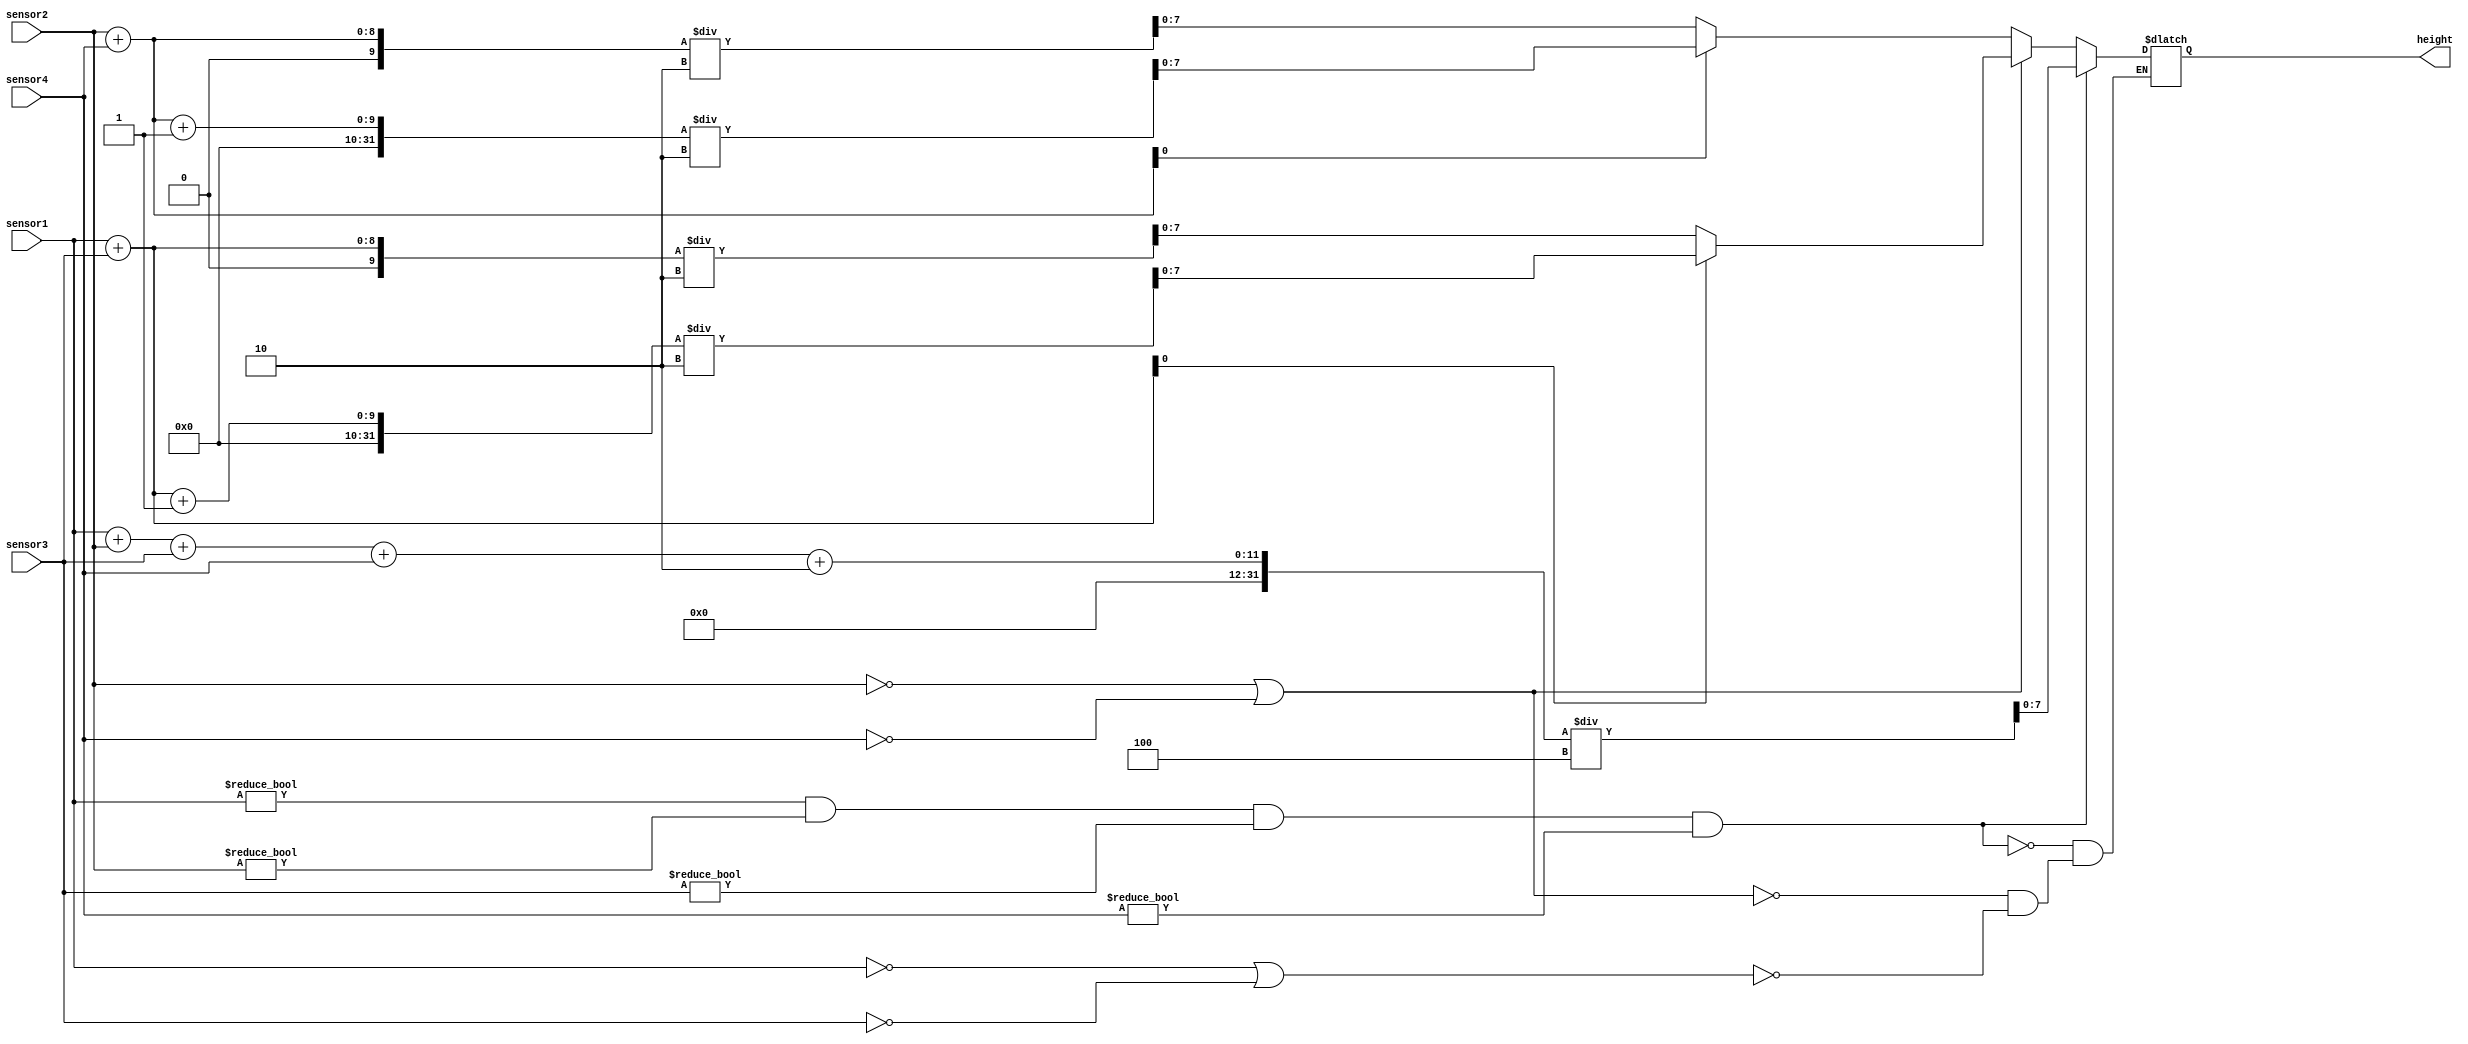
`timescale 1ns / 1ps
//////////////////////////////////////////////////////////////////////////////////
// Company: 
// Engineer: 
// 
// Design Name: 
// Module Name:    sensors_input 
// Project Name: 
// Target Devices: 
// Tool versions: 
// Description: 
//
// Dependencies: 
//
// Revision: 
// Revision 0.01 - File Created
// Additional Comments: 
//
//////////////////////////////////////////////////////////////////////////////////
module sensors_input (
   output 	[7 : 0]   height,
   input    [7 : 0]   sensor1,
   input    [7 : 0]   sensor2,
   input    [7 : 0]   sensor3,
   input    [7 : 0]   sensor4);
	
	reg [7:0] height_reg;
	reg [9:0] temp;
	
	always @(*) begin
			if (sensor1 == 0 || sensor3 == 0) begin
				temp = sensor2 + sensor4;
				if(temp[0] == 1) begin   // verific daca temp(suma) este impara si daca da, ii adaug 1 inainte de impartire pt aproximarea necesara
					height_reg = (temp + 1)/2;
				end
				else begin
					height_reg = (temp)/2;// daca temp este para, nu-i fac nimic
				end
			end 
			
			if (sensor2 == 0 || sensor4 == 0) begin
				temp = sensor1 + sensor3;
				if(temp[0] == 1) begin // acelasi rationament ca mai sus
					height_reg = (temp + 1)/2;
				end
				else begin
					height_reg = (temp)/2;
				end
			end
			
			if (sensor1 != 0 && sensor2 != 0 && sensor3 != 0 && sensor4 != 0) begin
				height_reg = (sensor1 + sensor2 + sensor3 + sensor4 + 2)/4; // pentru media intre 4 numere, la suma adaug 2 ca sa-mi aproximeze 
			end																				// corespunzator
			
	end

	assign height = height_reg;
	
endmodule